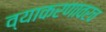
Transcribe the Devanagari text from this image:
व्याकरणावरच